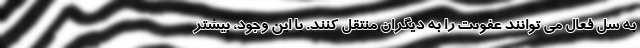
به سل فعال می توانند عفونت را به دیگران منتقل کنند. با این وجود، بیشتر